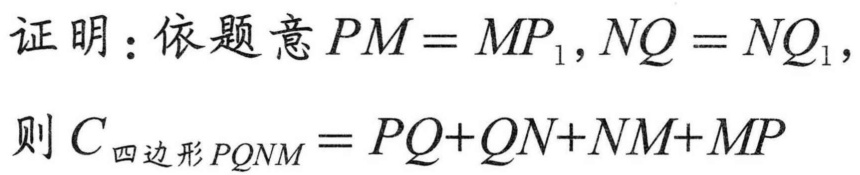
证明：依题意$PM = MP_{1},NQ = NQ_{1},$
则$C_{四边形PQNM}=PQ + QN+NM + MP$